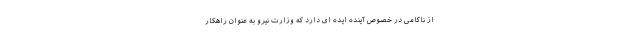
از ناکامی در خصوص آینده ایده ای دارد که وزارت نیرو به عنوان راهکار